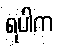
ရပါက